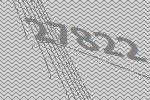
27822